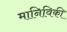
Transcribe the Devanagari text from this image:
मानिविकी